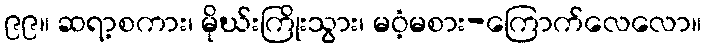
၉၉။ ဆရာ့စကား၊ မိုဃ်းကြိုးသွား၊ မဝံ့မစား-ကြောက်လေလော။